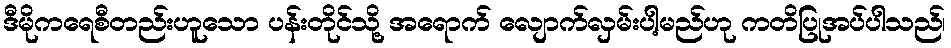
ဒီမိုကရေစီတည်းဟူသော ပန်းတိုင်သို့ အရောက် လျောက်လှမ်းပါ့မည်ဟု ကတိပြုအပ်ပါသည်၊